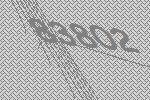
83802